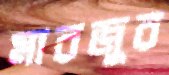
মারজুর